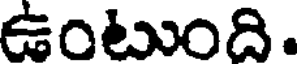
ఉంటుంది.